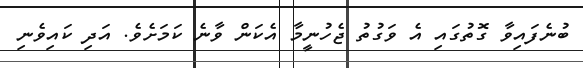
ބުނެފައިވާ ގޮތުގައި އެ ވަގުތު ޖެހުނީމާ އެކަން ވާނެ ކަމަށެވެ. އަދި ކައިވެނި